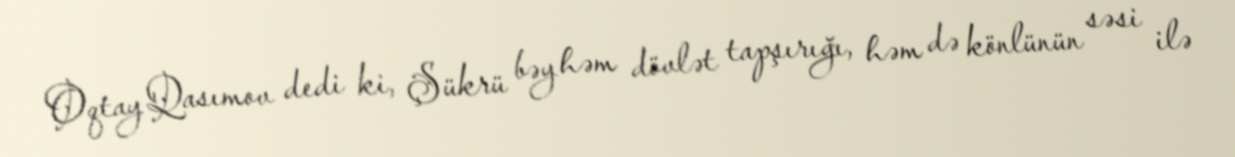
Oqtay Qasımov dedi ki, Şükrü bəy həm dövlət tapşırığı, həm də könlünün səsi ilə